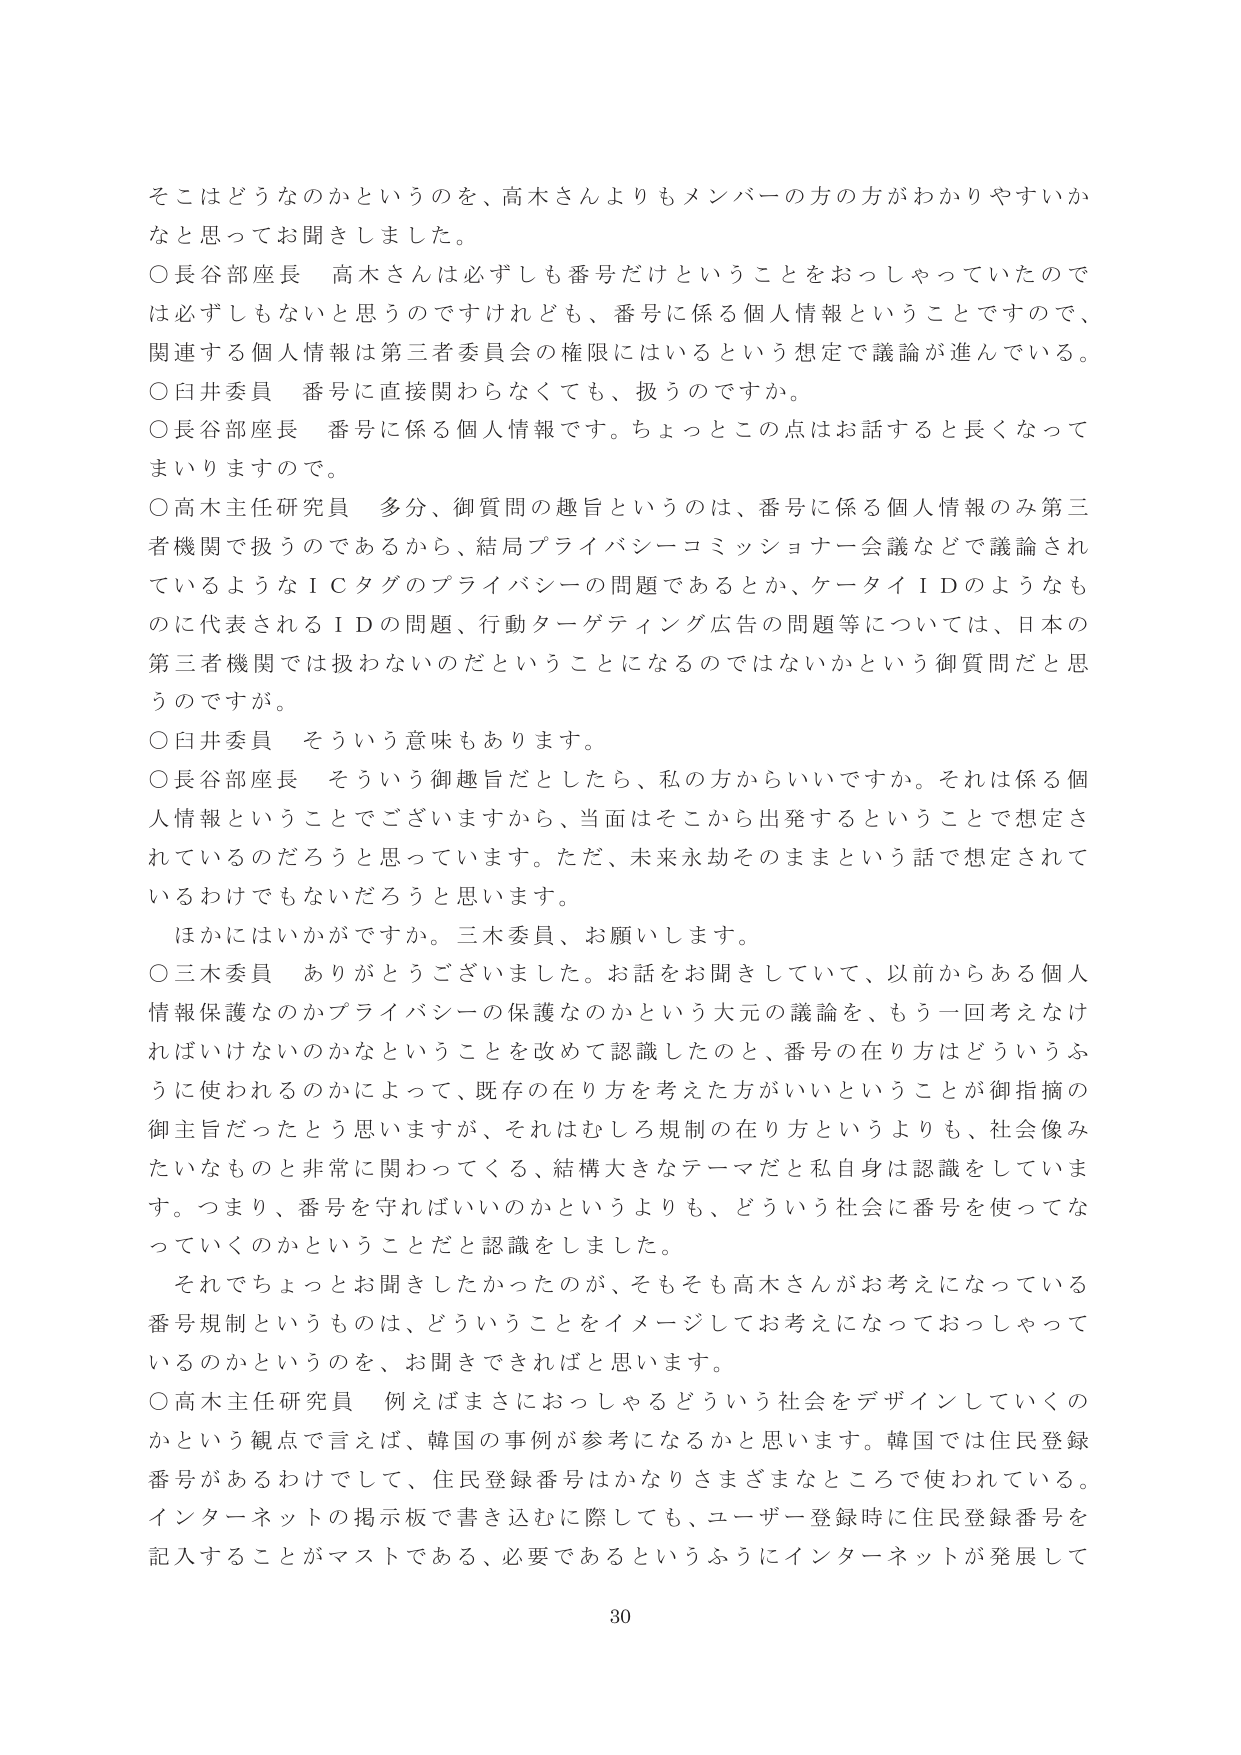
そこはどうなのかというのを、高木さんよりもメンバーの方の方がわかりやすいかなと思ってお聞きしました。

○長谷部座長　高木さんは必ずしも番号だけということをおっしゃっていたので、は必ずしもないと思うのですけれども、番号に係る個人情報ということで、関連する個人情報は第三者委員会の権限にはいるという想定で議論が進んでいる。

○白井委員　番号に直接関わらなくても、扱うのですか。

○長谷部座長　番号に係る個人情報です。ちょっとこの点はお話すると長くなってしまいますので。

○高木主任研究員　多分、御質問の趣旨というのは、番号に係る個人情報のみ第三者機関で扱うのであから、結局プライバシーコミッショナー会議などで議論されているようなＩＣタグのプライバシーの問題であるとか、ケータイＩＤのようなものに代表されるＩＤの問題、行動ターゲティング広告の問題等については、日本の第三者機関では扱わないのだということになるのではないかという御質問だと思うのですが。

○白井委員　そういう意味もあります。

○長谷部座長　そういう御趣旨だとしたら、私の方からいいですか。それは係る個人情報ということでございますから、当面はそこから出発するということで想定されているのだろうと思っています。ただ、未来永劫そのままという話で想定されているわけでもないだろうと思います。

ほかにはいかがですか。三木委員、お願いします。

○三木委員　ありがとうございました。お話をお聞きしていて、以前からある個人情報保護なのかプライバシーの保護なのかという大元の議論を、もう一回考えなければならないのかなということを改めて認識したのと、番号の在り方はどういうふうに使われるのかによって、既存の在り方を考えた方がいいということが御指摘の御主旨だったと思いますが、それはむしろ規制の在り方というよりも、社会像みたいなものと非常に関わってくる、結構大きなテーマだと私自身は認識しています。つまり、番号を守ればいいのかというよりも、どういう社会に番号を使ってなっていくのかということだと認識をしました。

それではちょっとお聞きしたかったのが、そもそも高木さんがお考えになっている番号規制というものは、どういうことをイメージしてお考えになっておっしゃっているのかというのを、お聞きできればと思います。

○高木主任研究員　例えばまさににおっしゃるどういう社会をデザインしていくのかという観点で言えば、韓国の事例が参考になるかと思います。韓国では住民登録番号があるわけですし、住民登録番号はかなりさまざまなところで使われている。インターネットの掲示板で書き込むに際しても、ユーザー登録時に住民登録番号を記入することがマストである、必要であるというふうにインターネットが発展して

30